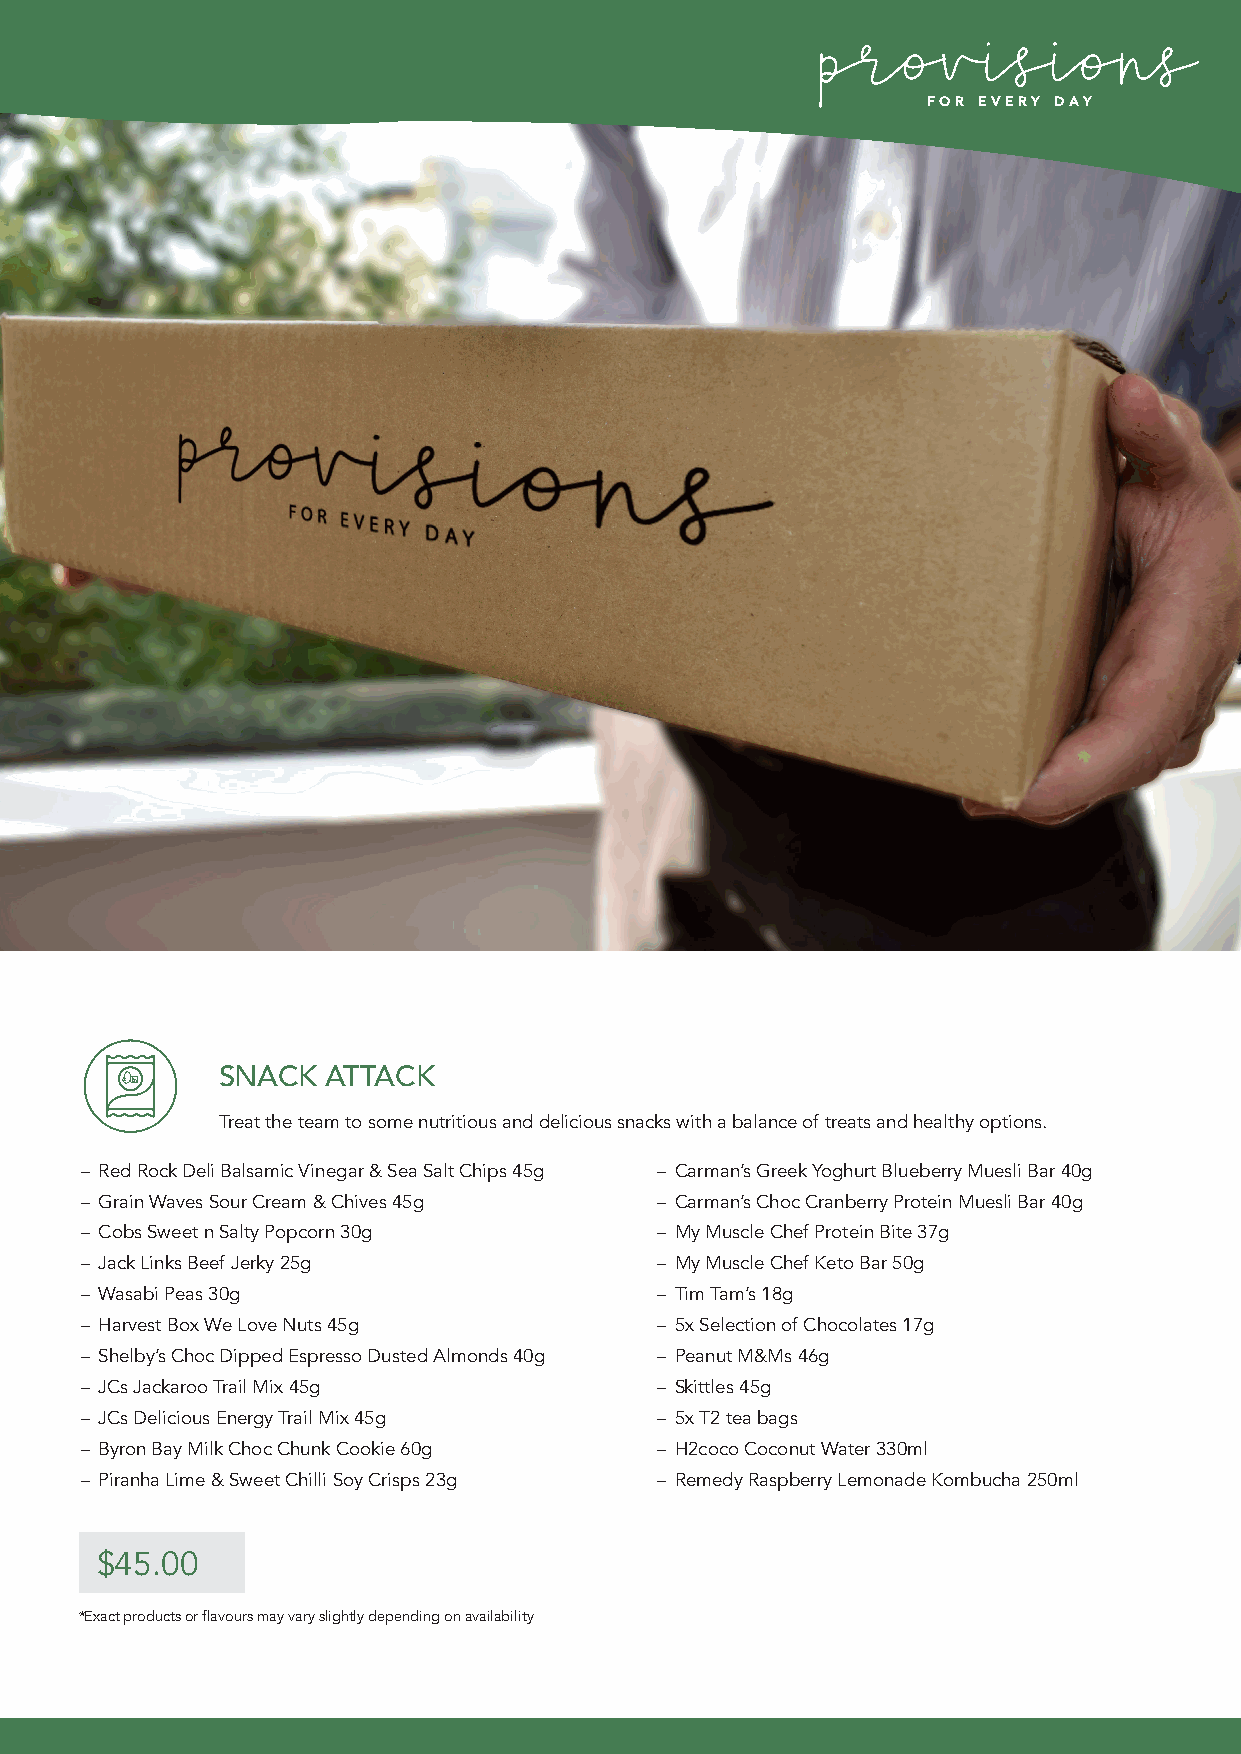
FOR EVERY DAY
 SNACK   ATTACK
 Treat the team to some nutritious and delicious snacks with a balance of treats and healthy options.
 – Red Rock Deli Balsamic Vinegar & Sea Salt Chips 45g – Carman’s Greek Yoghurt Blueberry Muesli Bar 40g
 – Grain Waves Sour Cream & Chives 45g – Carman’s Choc Cranberry Protein Muesli Bar 40g
 – Cobs Sweet n Salty Popcorn 30g      – My Muscle Chef Protein Bite 37g
 – Jack Links Beef Jerky 25g           – My Muscle Chef Keto Bar 50g
 – Wasabi Peas 30g                     – Tim Tam’s 18g
 – Harvest Box We Love Nuts 45g        – 5x Selection of Chocolates 17g
 – Shelby’s Choc Dipped Espresso Dusted Almonds 40g – Peanut M&Ms 46g
 – JCs Jackaroo Trail Mix 45g          – Skittles 45g
 – JCs Delicious Energy Trail Mix 45g  – 5x T2 tea bags
 – Byron Bay Milk Choc Chunk Cookie 60g – H2coco Coconut Water 330ml
 – Piranha Lime & Sweet Chilli Soy Crisps 23g – Remedy Raspberry Lemonade Kombucha 250ml
 $45.00
 *Exact products or flavours may vary slightly depending on availability